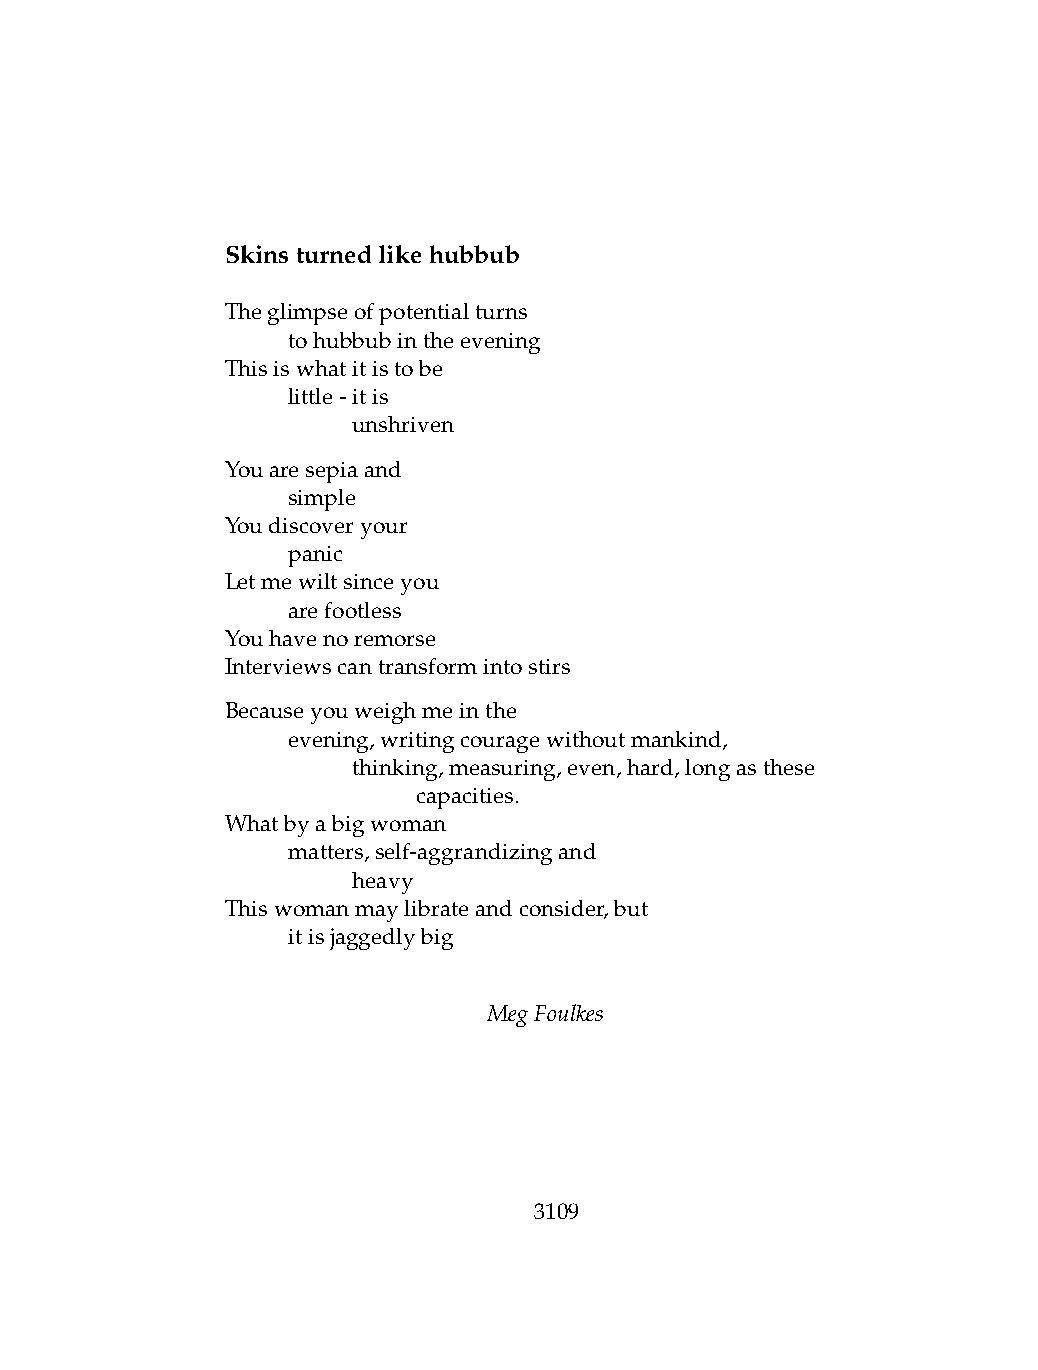
Skinsturnedlikehubbub
 Theglimpseofpotentialturns
 .   tohubbubintheevening
 Thisiswhatitistobe
 .   little-itis
 .   .   unshriven
 Youaresepiaand
 .   simple
 Youdiscoveryour
 .   panic
 Letmewiltsinceyou
 .   arefootless
 Youhavenoremorse
 Interviewscantransformintostirs
 Becauseyouweighmeinthe
 .   evening,writingcouragewithoutmankind,
 .   .   thinking,measuring,even,hard,longasthese
 .   .   .    capacities.
 Whatbyabigwoman
 .   matters,self-aggrandizingand
 .   .   heavy
 Thiswomanmaylibrateandconsider,but
 .   itisjaggedlybig
 MegFoulkes
 3109